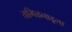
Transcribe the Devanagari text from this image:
तामिळनाडूला